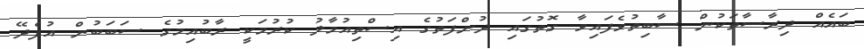
ބައެއް ދިރާސާތަކުން ސާބިތުވެފައިވާ ގޮތުގައި ދުންފަތުގެ އިސްތިއުމާލު ކުރުމަކީ ރާބުއިމުގެ ސަބަބުން އުފެދޭ